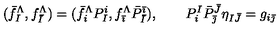
( \bar { f } _ { I } ^ { \Lambda } , f _ { \bar { I } } ^ { \Lambda } ) = ( \bar { f } _ { i } ^ { \Lambda } P _ { I } ^ { i } , f _ { \bar { \imath } } ^ { \Lambda } \bar { P } _ { \bar { I } } ^ { \bar { \imath } } ) , \quad \quad P _ { i } ^ { I } \bar { P } _ { \bar { \jmath } } ^ { \bar { J } } \eta _ { I \bar { J } } = g _ { i \bar { \jmath } }